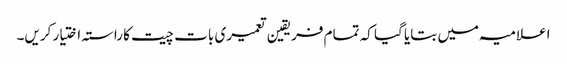
اعلامیہ میں بتایا گیا کہ تمام فریقین تعمیری بات چیت کا راستہ اختیار کریں۔